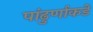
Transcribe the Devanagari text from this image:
पांढुर्णाकडे